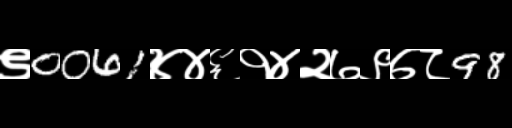
Text: ९0061४४६१४२७९७८98